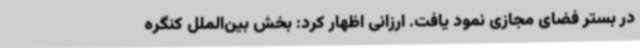
در بستر فضای مجازی نمود یافت. ارزانی اظهار کرد: بخش بین‌الملل کنگره